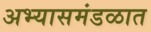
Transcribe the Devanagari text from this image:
अभ्यासमंडळात